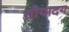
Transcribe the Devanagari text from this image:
शौयादय